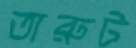
তারুট